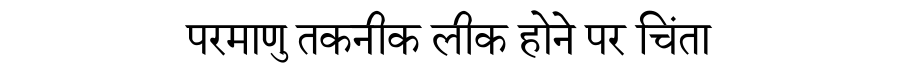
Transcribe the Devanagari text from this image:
परमाणु तकनीक लीक होने पर चिंता